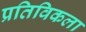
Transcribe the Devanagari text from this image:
प्रतिविकला